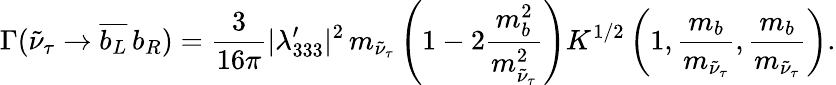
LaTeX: \Gamma(\tilde{\nu}_{\tau}\to\overline{{{b_{L}}}}\, b_{R})=\frac{3}{16\pi}\vert\lambda_{333}^{\prime}\vert^{2}\, m_{\tilde{\nu}_{\tau}}\left(1-2\frac{m_{b}^{2}}{m_{\tilde{\nu}_{\tau}}^{2}}\right)K^{1/2}\left(1,\frac{m_{b}}{m_{\tilde{\nu}_{\tau}}},\frac{m_{b}}{m_{\tilde{\nu}_{\tau}}}\right).